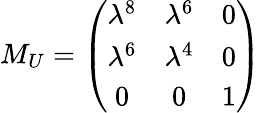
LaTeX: M_{U}=\left(\begin{array}{ccc}{{\lambda^{8}}}&{{\lambda^{6}}}&{{0}}\\ {{\lambda^{6}}}&{{\lambda^{4}}}&{{0}}\\ {{0}}&{{0}}&{{1}}\end{array}\right)